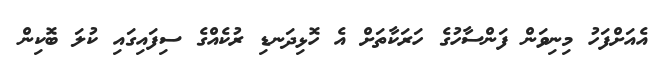
އެއަށްފަހު މިނިވަން ފަންސާހުގެ ހަރަކާތަށް އެ ހޮޅިދަނޑި ރުކެއްގެ ސިފައިގައި ކުލަ ބޮކިން